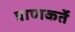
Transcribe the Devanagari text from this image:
त्राणकर्ते